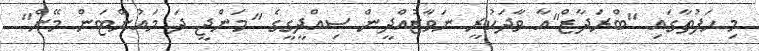
މި ހަފުތާގައި "ބްރަދާޒް"އާ ވާދަކުރީ ނަވާޒުއްދީން ސިއްދީގީގެ "މަންޖީ ދަ މައުންޓަން މޭން"